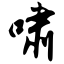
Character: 啸